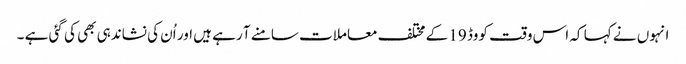
انہوں نے کہا کہ اس وقت کووڈ 19 کے مختلف معاملات سامنے آ رہے ہیں اور اُن کی نشاندہی بھی کی گئی ہے ۔